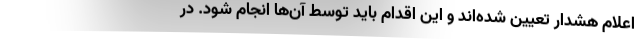
اعلام هشدار تعیین شده‌اند و این اقدام باید توسط آن‌ها انجام شود. در